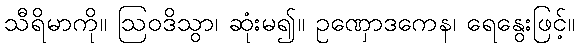
သီရိမာကို။ ဩဝဒိသွာ၊ ဆုံးမ၍။ ဥဏှောဒကေန၊ ရေနွေးဖြင့်။